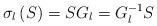
LaTeX: \begin{align*}\sigma _{l}\left( S\right) =SG_{l}=G_{l}^{-1}S\end{align*}